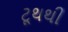
ટૂથથી